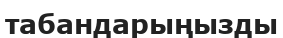
табандарыңызды